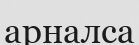
арналса